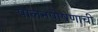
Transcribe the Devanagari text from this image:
पालनपोषणाची